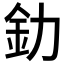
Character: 釛